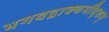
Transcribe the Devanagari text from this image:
भगवद्वाक्यमीदृशम्